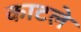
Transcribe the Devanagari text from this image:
काटले